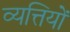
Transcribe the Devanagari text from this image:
व्यत्तियों